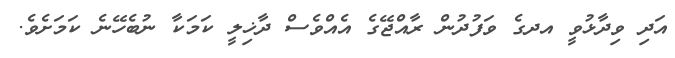
އަދި ވިދާޅުވީ އދގެ ވަފުދުން ރާއްޖޭގެ އެއްވެސް ދާޚިލީ ކަމަކާ ނުބެހޭނެ ކަމަށެވެ.